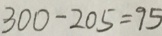
3 0 0 - 2 0 5 = 9 5